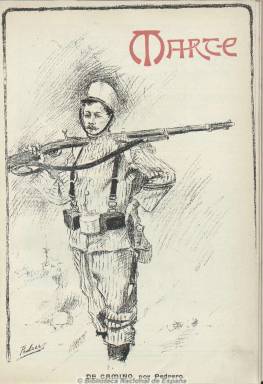
Título: Marte (Madrid)
Colección: Fuerzas armadas
Ámbito geográfico: Madrid
Lugar de publicación: Madrid
Fechas: 05/09/1901-10/10/1901

Subtitulado “periódico militar ilustrado”, aparece semanalmente en números de 16 páginas, dirigido por Joaquín Téllez de Sotomayor. Contiene artículos técnicos y de historia y efemérides militares, crónicas de esgrima y equitación y de actualidad y biografía militar, textos de creación literaria (cuentos y composiciones poéticas), pasatiempos (charadas, etc.) y anuncios, así como grabados y dibujos, algunos humorísticos, tiras y caricaturas cómicas y fotografías (retratos y escenas militares). También incluye una lámina de bellas artes. Señala que es ajeno a la política. Entre sus ilustradores se encuentran Pedrero y F. de Mota y entre sus fotógrafos, Sánchez López.